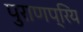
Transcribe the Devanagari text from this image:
पुराणप्रिय